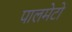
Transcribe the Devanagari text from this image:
पालमेटो